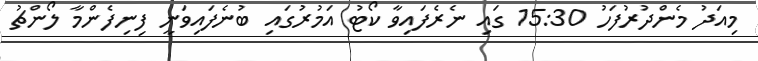
މިއަދު މެންދުރުފަހު 15:30 ގައި ނެރެފައިވާ ކޯޓު އަމުރުގައި ބުނެފައިވަނީ ފިނިފެންމާ ލޯންޗު